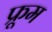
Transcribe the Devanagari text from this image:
फ्रूम